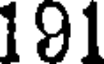
191